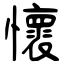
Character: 懷